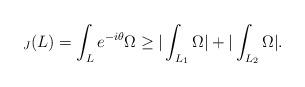
LaTeX: \begin{align*}_J(L)=\int_L e^{-i\theta}\Omega \geq |\int_{L_1}\Omega|+|\int_{L_2}\Omega|.\end{align*}